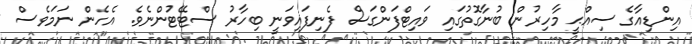
އިންޑިއާގެ ސިއްޙީ މާހިރުން ބުނާގޮތުގައި ވައިޓްފަންގަސް ފެނިފައިވަނީ ބިހާރު ސްޓޭޓުންނެވެ. އެހެން ނަމަވެސް